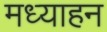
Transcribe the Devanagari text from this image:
मध्याहन